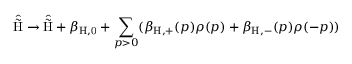
\hat { \tilde { \mathrm { H } } } \rightarrow \hat { \tilde { \mathrm { H } } } + \beta _ { \mathrm { H , 0 } } + \sum _ { p > 0 } ( \beta _ { \mathrm { H , + } } ( p ) \rho ( p ) + \beta _ { \mathrm { H , - } } ( p ) \rho ( - p ) )